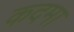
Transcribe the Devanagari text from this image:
कदमा